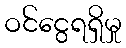
ဝင်ငွေရရှိမှု